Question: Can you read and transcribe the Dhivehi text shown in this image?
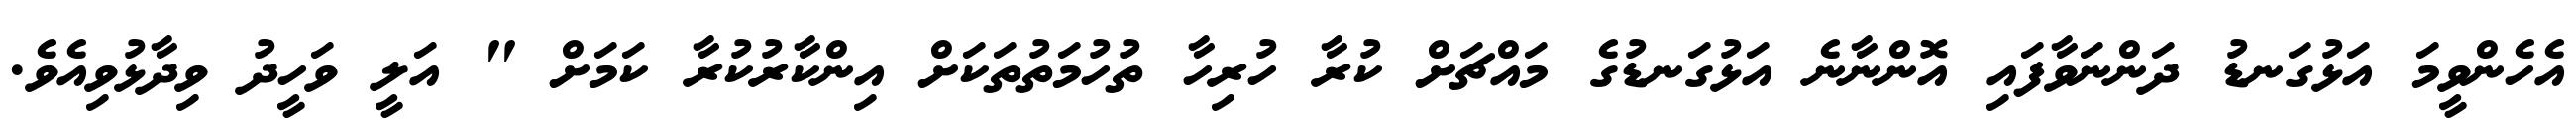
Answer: އެހެންވީމަ އަޅުގަނޑު ދަންނަވާފައި އޮންނާނެ އަޅުގަނޑުގެ މައްޗަށް ކުރާ ހުރިހާ ތުހުމަތުތަކަށް އިންކާރުކުރާ ކަމަށް " އަލީ ވަހީދު ވިދާޅުވިއެވެ.